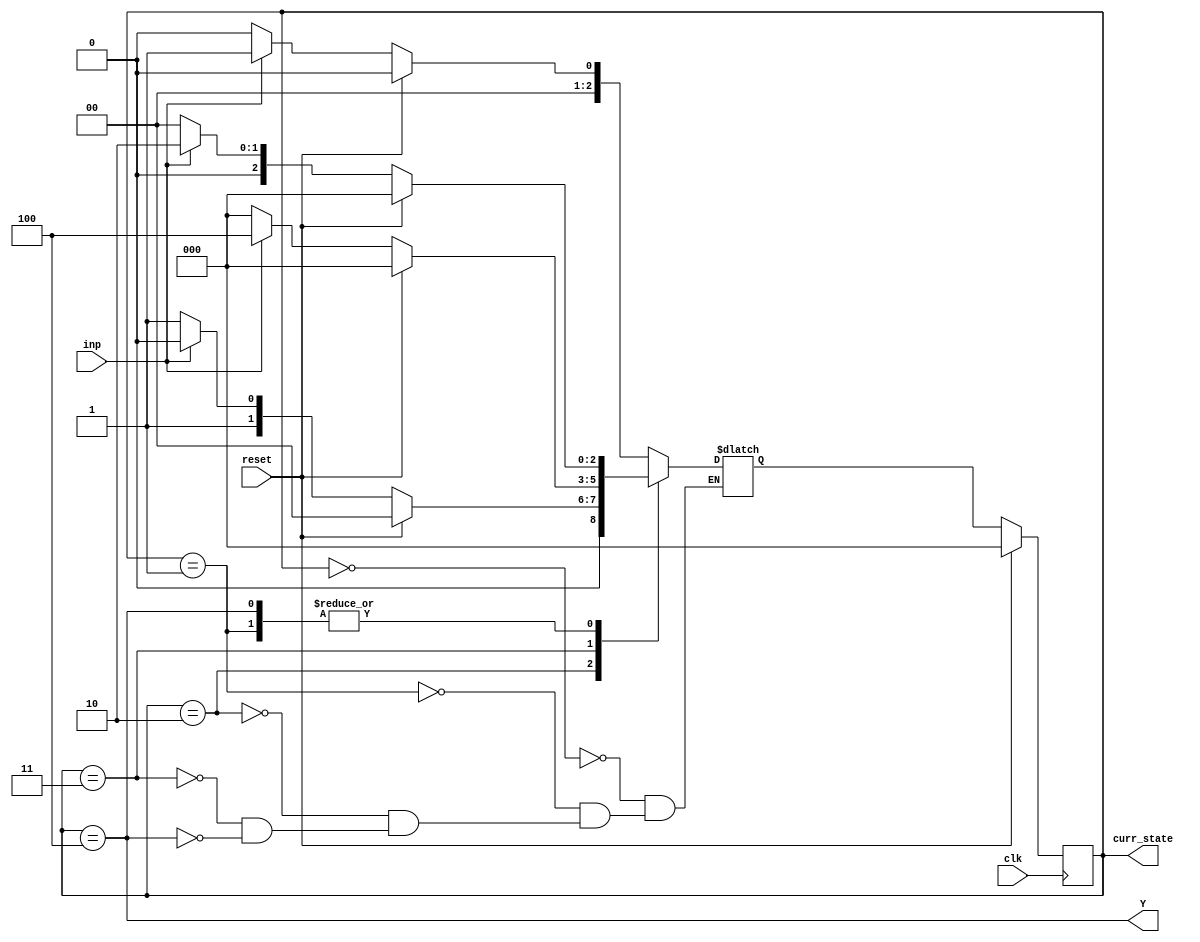

module p1(Y,curr_state,clk,reset,inp); //module declaration with inputs and outputs
	output Y;
	input clk, reset,inp;
	output [2:0] curr_state;
	reg [2:0] next_state;
	reg[2:0] curr_state;

	parameter [2:0] S0= 3'b000;
	parameter [2:0] S1= 3'b001;
	parameter [2:0] S2 = 3'b010;
	parameter [2:0] S3=3'b011;
	parameter [2:0] S4=3'b100;

	initial
	begin
		curr_state = 3'b000;
		next_state = 3'b000;
	end

	always @(posedge clk) // sequential logic
	begin
		if (reset) curr_state <= S0;
		else curr_state <= next_state;
		end

		always @(curr_state or inp) // combinational logic
		begin
			case(curr_state)
				S0: if (reset) next_state = S0;
						else if(inp) next_state = S1;
						else next_state = S0;
				S1: if (reset) next_state = S0;
						else if(inp) next_state = S2;
						else next_state = S0;
				S2: if (reset) next_state = S0;
						else if(inp) next_state = S2;
						else next_state = S3;
				S3: if (reset) next_state = S0;
						else if(inp) next_state = S4;
						else next_state = S0;
				S4: if (reset) next_state = S0;
						else if(inp) next_state = S2;
						else next_state = S0;
		endcase 

	end
	// output logic described using continuous assignment
	assign Y = (curr_state == S4);
endmodule

// Test bench for p1.v
module tb_p1();
	reg clk, reset,inp;
	wire Y;
	wire[2:0] curr_state;
	integer i;
	p1 DUT(Y,curr_state,clk,reset,inp);
	reg[20:1] SEQUENCE = 20'b11101101001001101101;
	initial reset = 1'b1;
	always #10 clk = ~clk;
	initial
		begin
		clk = 1'b1;
		reset = 1'b0;
		for (i = 20; i >= 1; i = i - 1)
		begin
			inp = SEQUENCE[i]; #20
			$monitor("SEQUENCE_BIT = %b, Y = %b, reset = %b\n", inp, Y, reset, $time);
		end
	end
endmodule